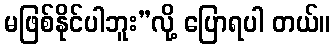
မဖြစ်နိုင်ပါဘူး”လို့ ပြောရပါ တယ်။